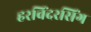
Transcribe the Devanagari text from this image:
हरविंदरसिंग